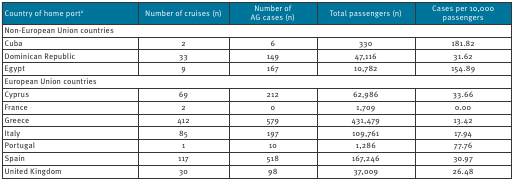
| Country of home porta | Number of cruises (n) | Number of AG cases (n) | Total passengers (n) | Cases per 10,000 passengers |
 | --- | --- | --- | --- | --- |
 | <COLSPAN=5> Non-European Union countries |
 | Cuba | 2 | 6 | 330 | 181.82 |
 | Dominican Republic | 33 | 149 | 47,116 | 31.62 |
 | Egypt | 9 | 167 | 10,782 | 154.89 |
 | <COLSPAN=5> European Union countries |
 | Cyprus | 69 | 212 | 62,986 | 33.66 |
 | France | 2 | 0 | 1,709 | 0.00 |
 | Greece | 412 | 579 | 431,479 | 13.42 |
 | Italy | 85 | 197 | 109,761 | 17.94 |
 | Portugal | 1 | 10 | 1,286 | 77.76 |
 | Spain | 117 | 518 | 167,246 | 30.97 |
 | United Kingdom | 30 | 98 | 37,009 | 26.48 |